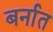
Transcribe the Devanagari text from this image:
बर्नात